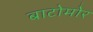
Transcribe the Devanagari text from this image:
बाटोमोर